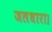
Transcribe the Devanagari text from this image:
जलधारा।